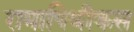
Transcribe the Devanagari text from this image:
रामापिथीकस